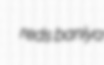
reds baniya